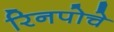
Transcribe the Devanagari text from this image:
रिनपोचे